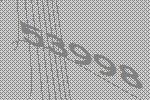
53998